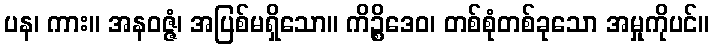
ပန၊ ကား။ အနဝဇ္ဇံ၊ အပြစ်မရှိသော။ ကိဉ္စိဒေဝ၊ တစ်စုံတစ်ခုသော အမှုကိုပင်။